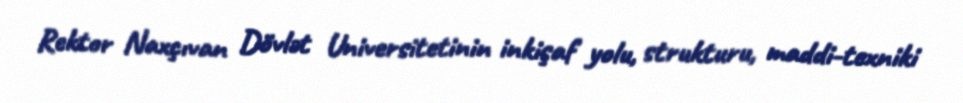
Rektor Naxçıvan Dövlət Universitetinin inkişaf yolu, strukturu, maddi-texniki